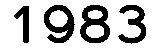
1983